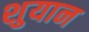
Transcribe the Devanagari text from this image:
शुयान